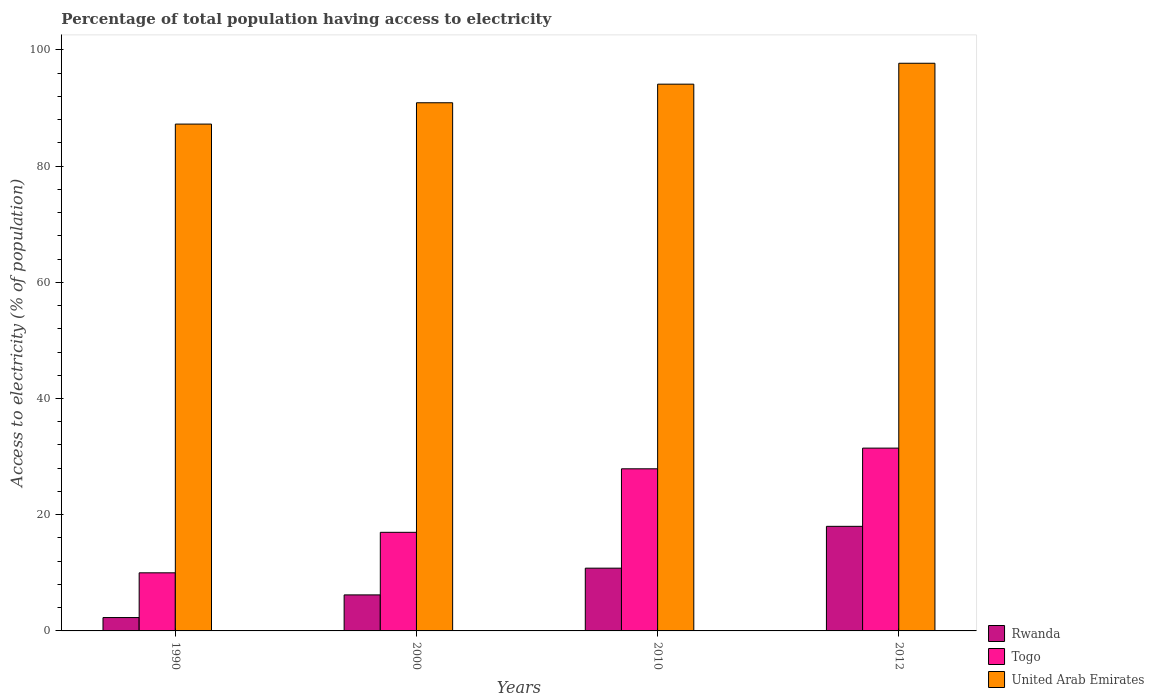
| Years | Rwanda | Togo | United Arab Emirates |
 | --- | --- | --- | --- |
 | 1990 | 2.3 | 10 | 87.2 |
 | 2000 | 6.2 | 17 | 90.9 |
 | 2010 | 10.8 | 27.9 | 94.1 |
 | 2012 | 18 | 31.5 | 97.7 |